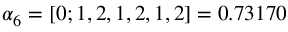
\alpha _ { 6 } = [ 0 ; 1 , 2 , 1 , 2 , 1 , 2 ] = 0 . 7 3 1 7 0